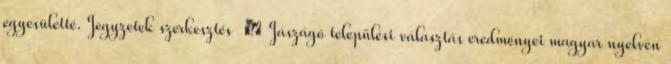
egyesületté. Jegyzetek szerkesztés ↑ Jászágó települési választás eredményei magyar nyelven